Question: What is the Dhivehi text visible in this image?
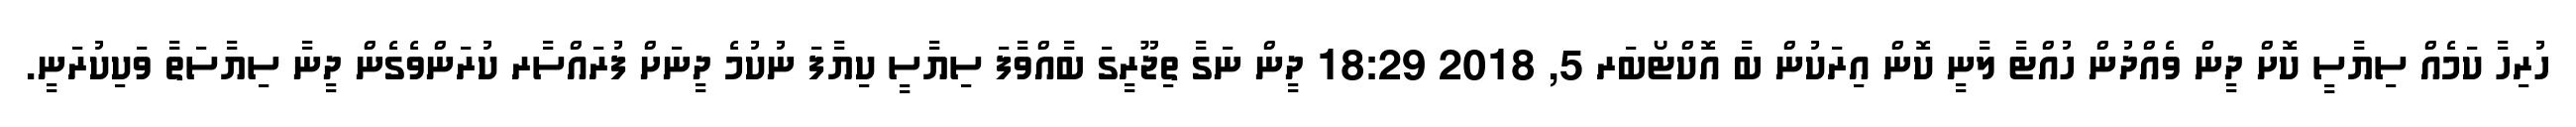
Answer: ހުރިހާ ކަމެއް ސިޔާސީ ކޮށް ދީން ވެއްދުން ހުއްޓާ ލާނީ ކޮން އިރަކުން ބާ އޮކްޓޯބަރ 5, 2018 18:29 ދީން ނަގާ ތިޖޫރީގަ ބާއްވާފަ ސިޔާސީ ކިޔާފަ ނުކުމެ ދީނަށް ފުރައްސާރ ކުރަންވެގެން ދީނާ ސިޔާސަތާ ވަކިކުރަނީ.